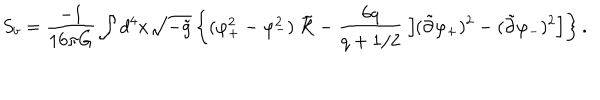
LaTeX: S _ { b } = { \frac { - 1 } { 1 6 \pi G } } \int d ^ { 4 } x \sqrt { - \tilde { g } } \left\{ ( \varphi _ { + } ^ { 2 } - \varphi _ { - } ^ { 2 } ) \ \tilde { \cal R } - { \frac { 6 q } { q + 1 / 2 } } \left[ ( \tilde { \partial } \varphi _ { + } ) ^ { 2 } - ( \tilde { \partial } \varphi _ { - } ) ^ { 2 } \right] \right\} .